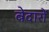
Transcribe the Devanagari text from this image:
बेदारों